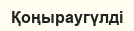
Қоңыраугүлді